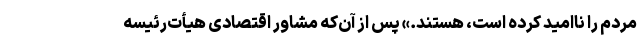
مردم را نااميد كرده است، هستند.» پس از آن‌كه مشاور اقتصادی هيأت‌رئيسه